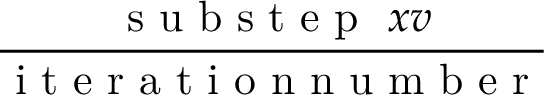
\frac { \mathrm { ~ s ~ u ~ b ~ s ~ t ~ e ~ p ~ } \ x v } { \mathrm { ~ i ~ t ~ e ~ r ~ a ~ t ~ i ~ o ~ n ~ n ~ u ~ m ~ b ~ e ~ r ~ } }